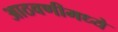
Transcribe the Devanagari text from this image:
आठवणीमध्ये